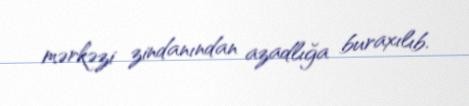
mərkəzi zindanından azadlığa buraxılıb.